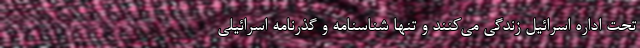
تحت اداره اسرائیل زندگی می‌کنند و تنها شناسنامه و گذرنامه اسرائیلی